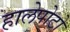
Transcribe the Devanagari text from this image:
हालेपोटो